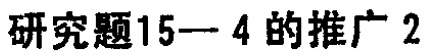
研究题15—4的推广2